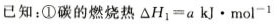
已知：①碳的燃烧热$$\triangle H_{1}=a kJ\cdot mol^{-1}$$